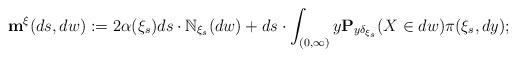
LaTeX: \begin{align*} \mathbf m^\xi(ds,dw) := 2 \alpha(\xi_s) ds \cdot \mathbb N_{\xi_s}(dw) + ds \cdot \int_{(0,\infty)} y \mathbf P_{y\delta_{\xi_s}}(X\in dw) \pi(\xi_s,dy); \end{align*}